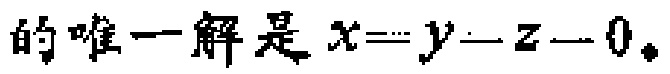
的唯一解是\(x = y = z = 0\)。